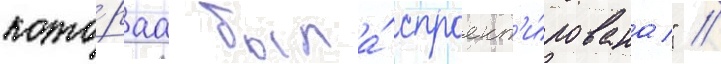
кото́раа была́ спроект'и́рована" //